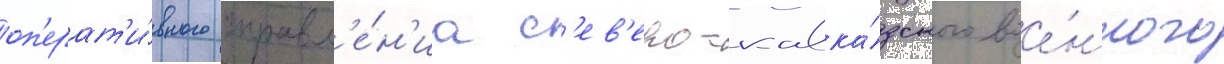
оп'ерат'и́вного управл'е́н'иа с'ев'еро-кавка́зского вое́нного